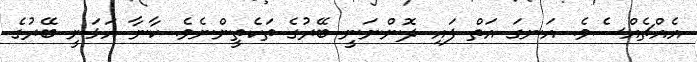
އެއްޗެއްސެވެ. އަނގަ އަތް ފައި ދޮންނަނީ ބޭރުގެ ތަކެތީންނެވެ. ކާނާ އަޅަނީ ބޭރުގެ